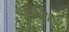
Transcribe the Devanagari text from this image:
जडेजाला